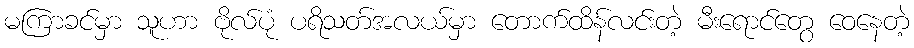
မကြာခင်မှာ သူဟာ ဗိုလ်ပုံ ပရိသတ်အလယ်မှာ တောက်ထိန်လင်းတဲ့ မီးရောင်တွေ ဝေနေတဲ့